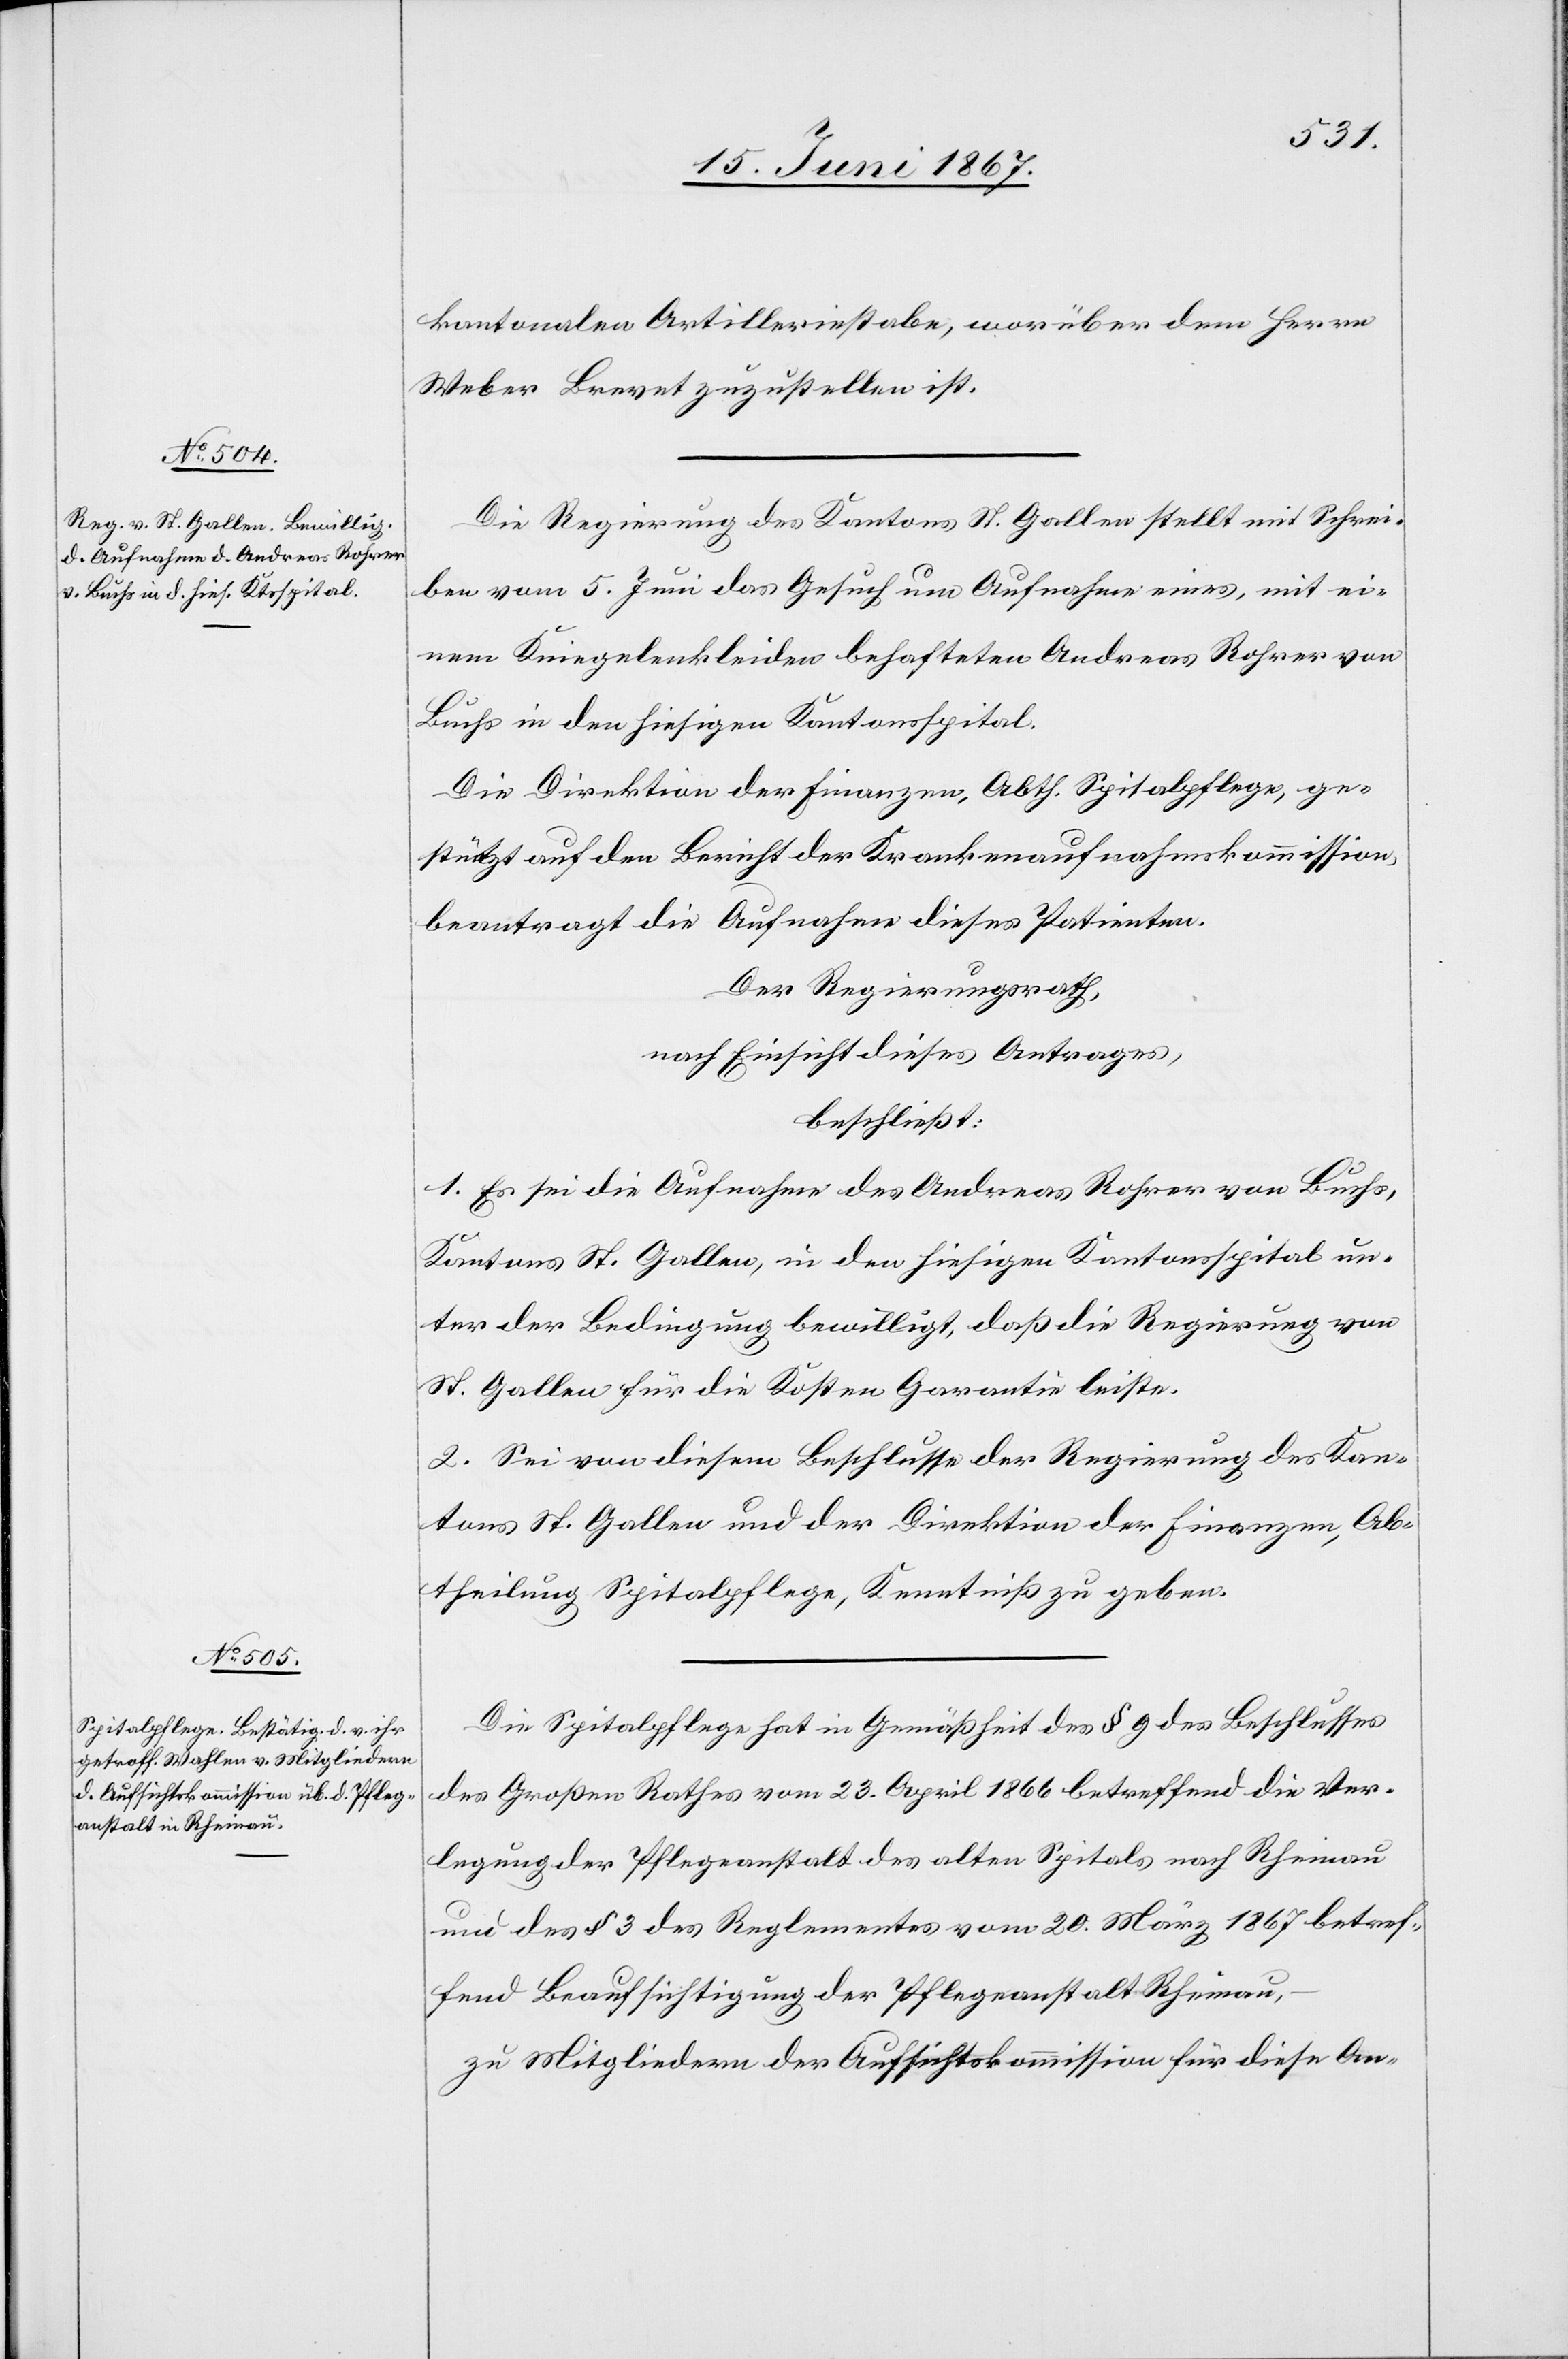
kantonalen Artilleriestabe, worüber dem Herrn
Weber Brevet zuzustellen ist.
Die Regierung des Kantons St. Gallen stellt mit Schrei¬
ben vom 5. Juni das Gesuch um Aufnahme eines, mit ei¬
nem Kniegelenkleiden behafteten Andreas Rohrer von
Buchs in den hiesigen Kantonsspital.
Die Direktion der Finanzen, Abth. Spitalpflege, ge¬
stützt auf den Bericht der Krankenaufnahmskommission,
beantragt die Aufnahme dieses Patienten.
Der Regierungsrath,
nach Einsicht dieses Antrages,
beschließt:
1. Es sei die Aufnahme des Andreas Rohrer von Buchs,
Kantons St. Gallen, in den hiesigen Kantonsspital un¬
ter der Bedingung bewilligt, daß die Regierung von
St. Gallen für die Kosten Garantie leiste.
2. Sei von diesem Beschlusse der Regierung des Kan¬
tons St. Gallen und der Direktion der Finanzen, Ab¬
theilung Spitalpflege, Kenntniß zu geben.
Die Spitalpflege hat in Gemäßheit des § 9 des Beschlusses
des Großen Rathes vom 23. April 1866 betreffend die Ver¬
legung der Pfleganstalt des alten Spitals nach Rheinau
und des § 3 des Reglementes vom 20. März 1867 betref¬
fend Beaufsichtigung der Pfleganstalt Rheinau,
zu Mitgliedern der Aufsichtskommission für diese An-